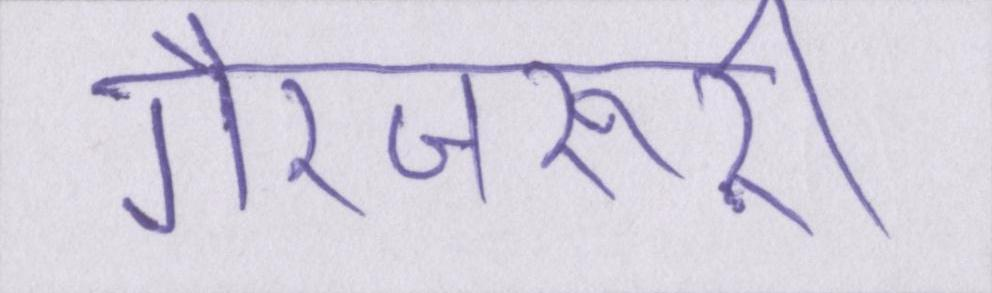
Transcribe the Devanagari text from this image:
गैरजरूरी